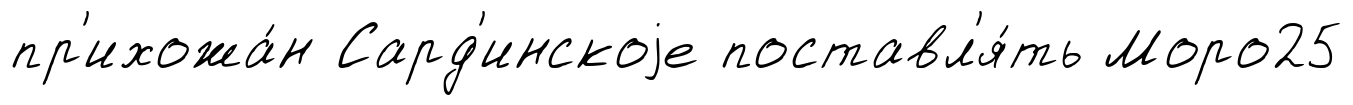
пр'ихожа́н Сард'инскоjе поставл'я́ть Моро25